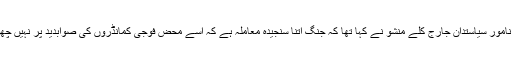
فرانس کے نامور سیاستدان جارج کلے منشو نے کہا تھا کہ جنگ اتنا سنجیدہ معاملہ ہے کہ اسے محض فوجی کمانڈروں کی صوابدید پر نہیں چھوڑا جاسکتا۔